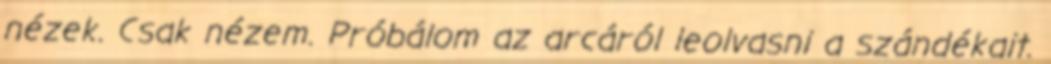
nézek. Csak nézem. Próbálom az arcáról leolvasni a szándékait.